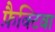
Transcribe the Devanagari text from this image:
फ़ैक्टिवा